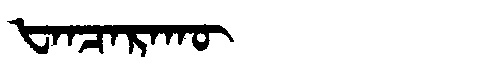
Manchu: ᡶᠠᠨᠴᠠᡵᠠᡴᡡ
Romanization: FANCARAKŪ